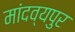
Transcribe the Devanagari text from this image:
मांदव्यपुर